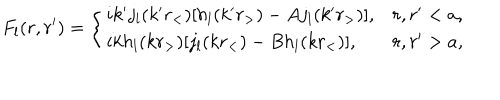
{ F } _ { l } ( r , r ^ { \prime } ) = \left\{ \begin{array} { l l } { { i k ^ { \prime } j _ { l } ( k ^ { \prime } r _ { < } ) [ h _ { l } ( k ^ { \prime } r _ { > } ) - A j _ { l } ( k ^ { \prime } r _ { > } ) ] , } } & { { r , r ^ { \prime } < a , } } \\ { { i k h _ { l } ( k r _ { > } ) [ j _ { l } ( k r _ { < } ) - B h _ { l } ( k r _ { < } ) ] , } } & { { r , r ^ { \prime } > a , } } \\ \end{array} \right.